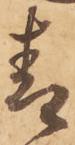
青